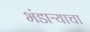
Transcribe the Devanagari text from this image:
भंडाऱ्याचा